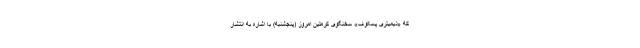
که «دیمیتری پسکوف» سخنگوی کرملین امروز (پنجشنبه) با اشاره به انتشار